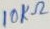
Text: 10KΩ